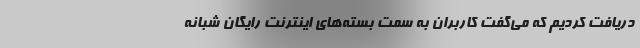
دریافت کردیم که می‌گفت کاربران به سمت بسته‌های اینترنت رایگان شبانه